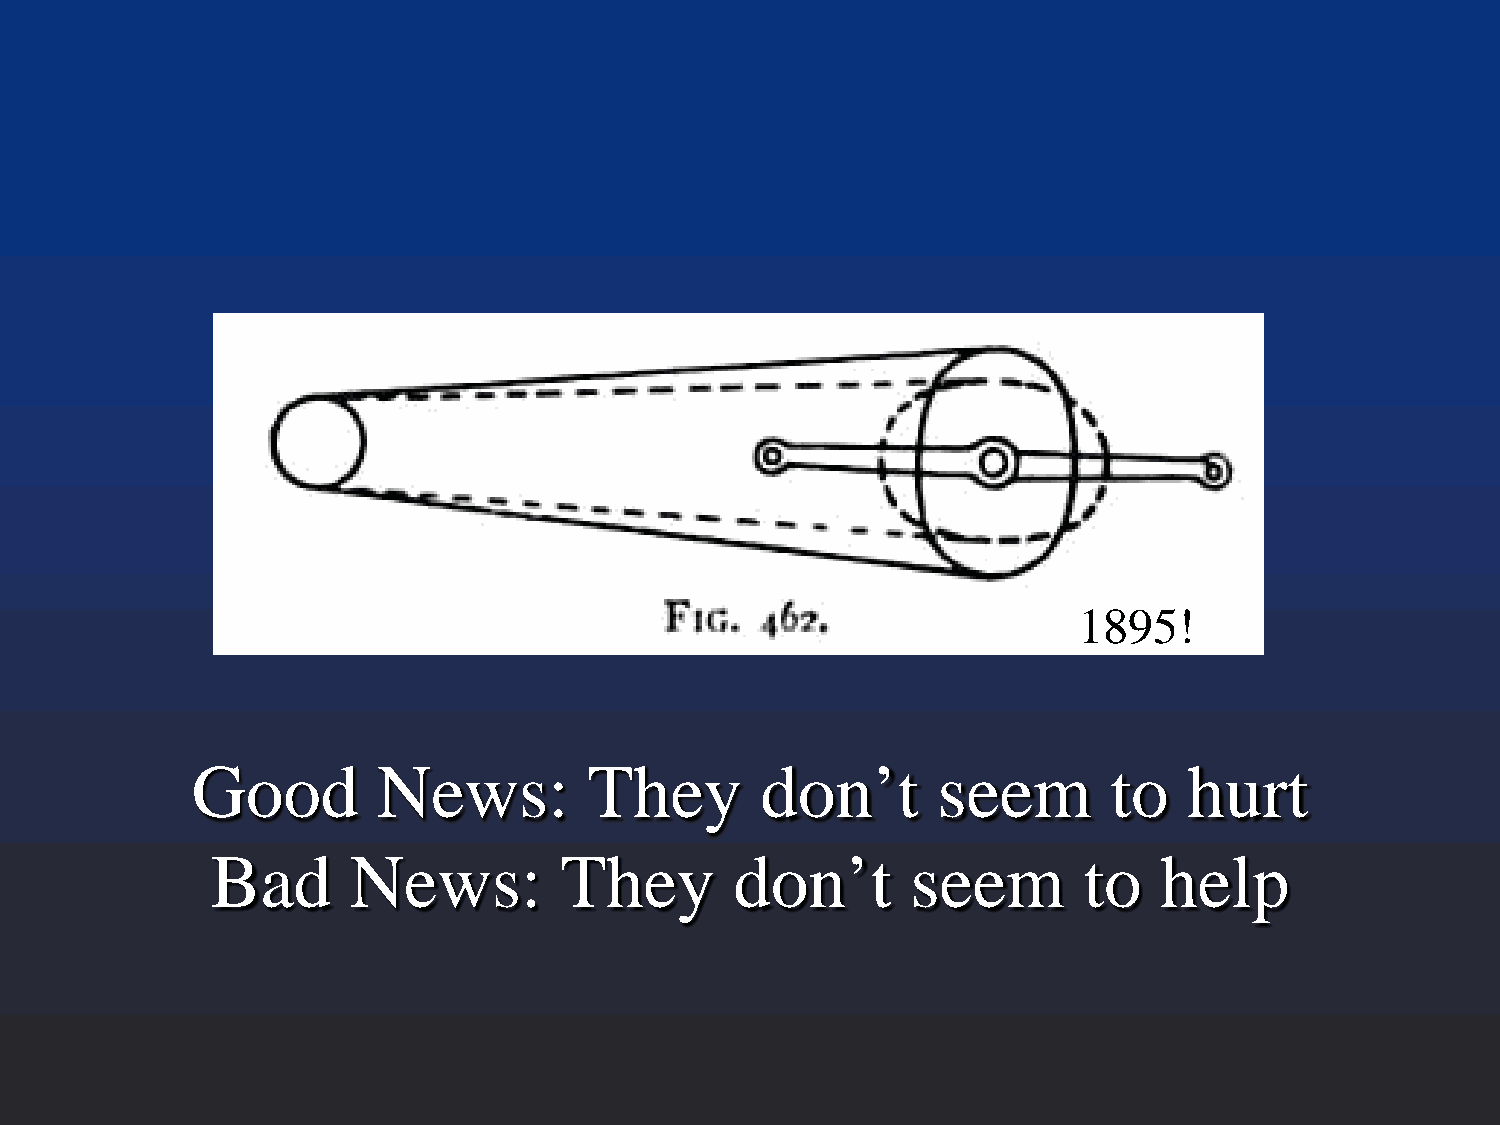
1895!
 Good        News:         They       don’t       seem        to   hurt
 Bad      News:         They        don’t      seem        to   help